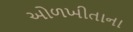
ઓળખીતાના